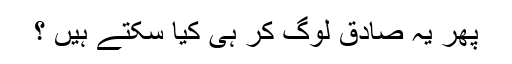
پھر یہ صادق لوگ کر ہی کیا سکتے ہیں ؟